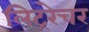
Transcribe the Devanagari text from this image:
लिट्ररेचर